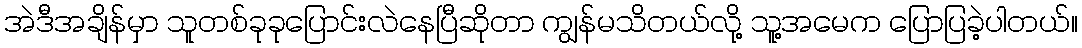
အဲဒီအချိန်မှာ သူတစ်ခုခုပြောင်းလဲနေပြီဆိုတာ ကျွန်မသိတယ်လို့ သူ့အမေက ပြောပြခဲ့ပါတယ်။